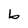
Character: b